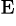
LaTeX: ^\mathrm{E}